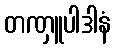
တဏှူပါဒါနံ